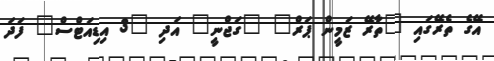
އޭގެ ތެރޭގައި "ތާރޭ ޒަމީން ޕަރް" "ގަޖްނީ" އަދި "3 އިޑިއަޓްސް" ފަދަ